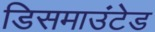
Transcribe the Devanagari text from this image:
डिसमाउंटेड